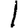
Digit: 1